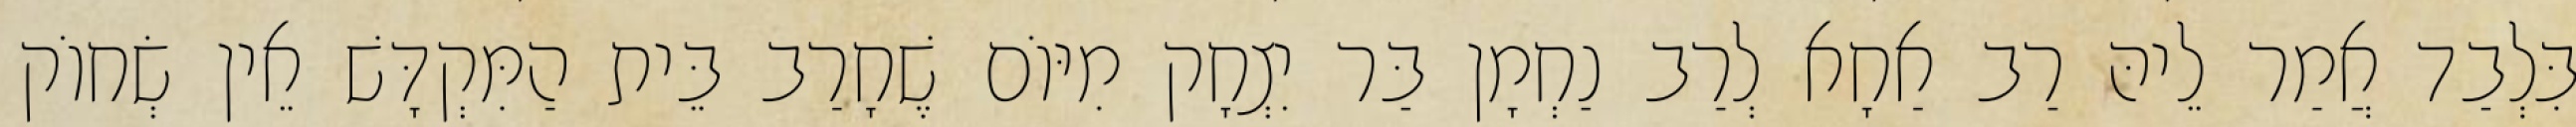
בִּלְבַד אֲמַר לֵיהּ רַב אַחָא לְרַב נַחְמָן בַּר יִצְחָק מִיּוֹם שֶׁחָרַב בֵּית הַמִּקְדָּשׁ אֵין שְׂחוֹק